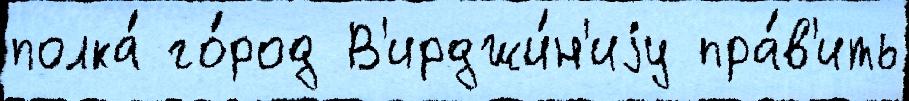
полка́ го́род В'ирджи́н'иjу пра́в'ить